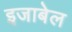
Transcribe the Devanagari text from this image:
इजाबेल